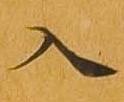
入